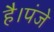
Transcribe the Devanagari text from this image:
है।पंजे